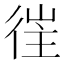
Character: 𢔎